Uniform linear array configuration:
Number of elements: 12
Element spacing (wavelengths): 0.25
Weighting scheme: hann
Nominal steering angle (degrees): -30
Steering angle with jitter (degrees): -30.952
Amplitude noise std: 0.05
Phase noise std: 0.05

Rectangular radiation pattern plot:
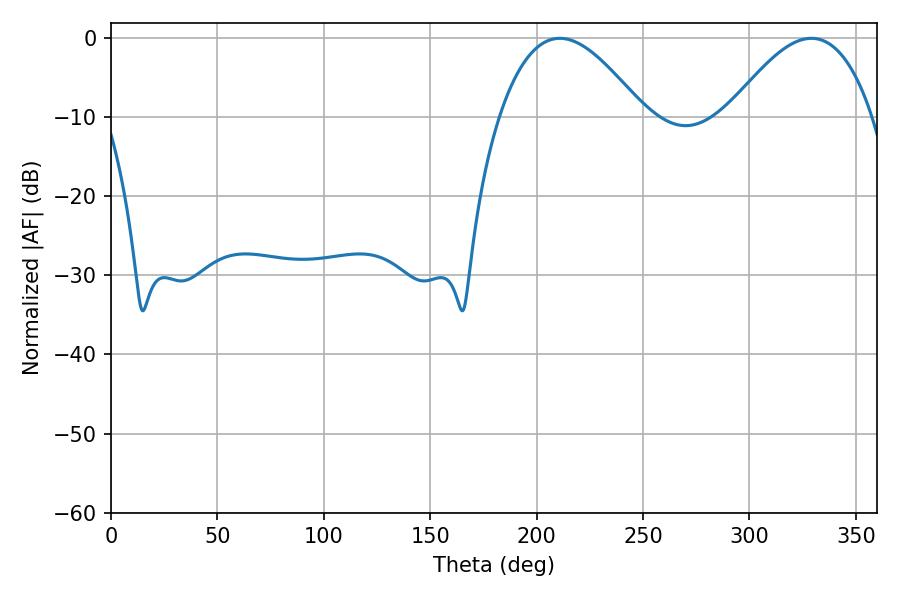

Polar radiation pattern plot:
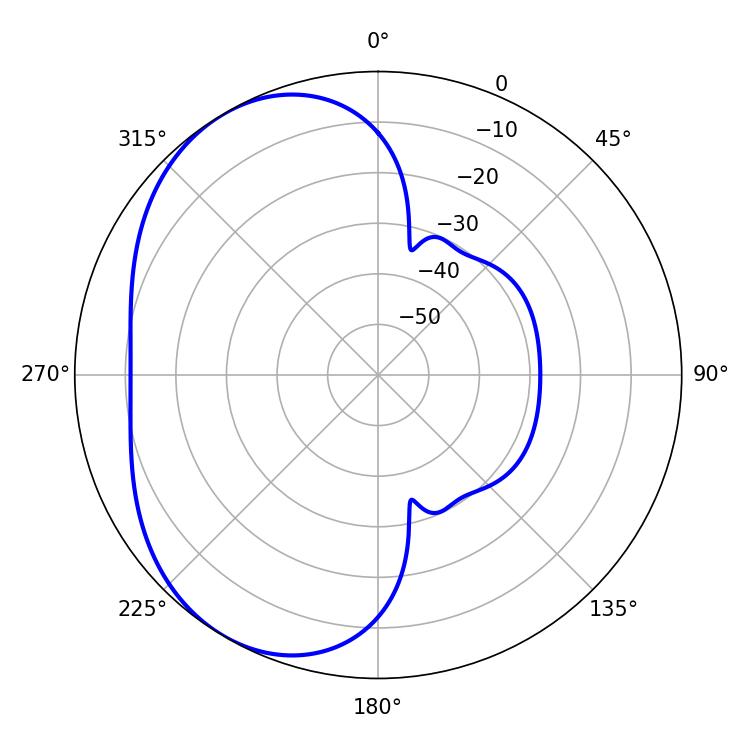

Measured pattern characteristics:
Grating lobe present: FALSE
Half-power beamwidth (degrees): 37.08
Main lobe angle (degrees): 210.96